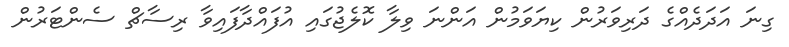
ގިނަ އަދަދެއްގެ ދަރިވަރުން ކިޔަވަމުން އަންނަ ވިލާ ކޮލެޖުގައި އުފައްދާފައިވާ ރިސާޗް ސެންޓަރުން